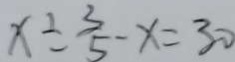
x \div \frac { 3 } { 5 } - x = 3 0